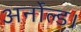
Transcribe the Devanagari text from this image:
अर्नोल्ड।